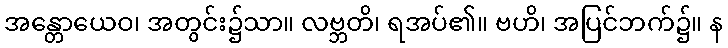
အန္တောယေဝ၊ အတွင်း၌သာ။ လဗ္ဘတိ၊ ရအပ်၏။ ဗဟိ၊ အပြင်ဘက်၌။ န